Report on vaccination in Madras 1922-1929 - 1922-1929
Year: 1922
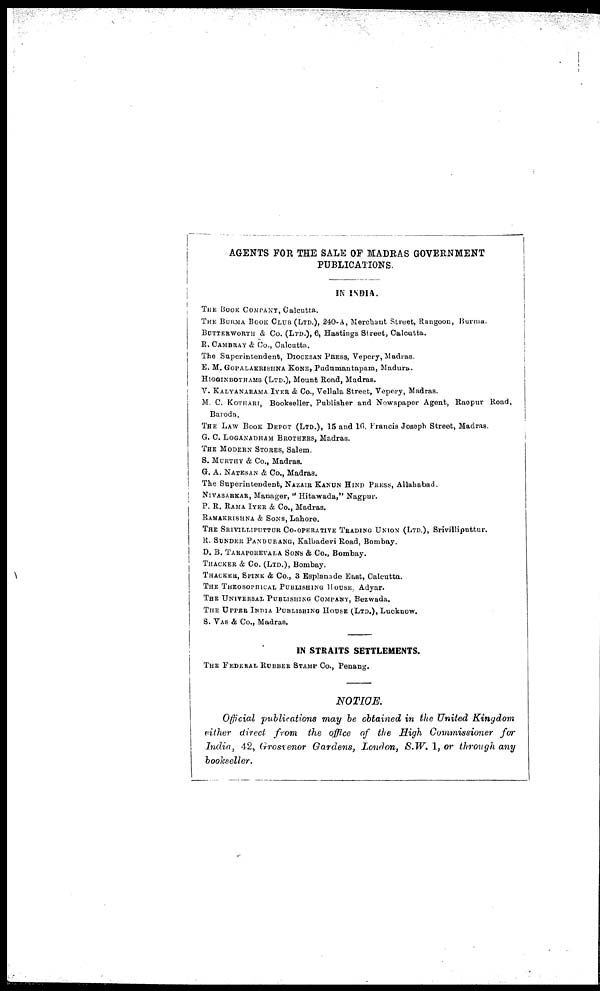
AGENTS FOR THE SALE OF MADRAS GOVERNMENT
PUBLICATIONS.
IN INDIA.
THE BOOK COMPANY, Calcutta.
THE BURMA BOOK CLUB (LTD.), 240-A, Merchant Street, Rangoon, Burma.
BUTTERWORTH & Co. (LTD.), 6, Hastings Street, Calcutta.
R. CAMBRAY & Co., Calcutta.
The Superintendent, DIOCESAN PRESS, Vepery, Madras.
E. M. GOPALAKRISHNA KONE, Pudumantapam, Madura.
HIGGINBOTHAMS (LTD.), Mount Road, Madras.
V. KALYANARAMA IYER & Co., Vellala Street, Vepery, Madras.
M. C. KOTHARI, Bookseller, Publisher and Newspaper Agent, Raopur Road,
Baroda.
THE LAW BOOK DEPOT (LTD.), 15 and 16. Francis Joseph Street, Madras.
G. C. LOGANADHAM BROTHERS, Madras.
THE MODERN STORES, Salem.
S. MURTHY & Co., Madras.
G. A. NATESAN & Co., Madras.
The Superintendent, NAZAIR KANUN HIND PRESS, Allahabad.
NIVASARKAR, Manager, " Hitawada," Nagpur.
P. R. RAMA IYER & Co., Madras.
RAMAKRISHNA & SONS, Lahore.
THE SRIVILLIPUTTUR CO-OPERATIVE TRADING UNION (LTD.), Srivilliputtur.
R. SUNDER PANDURANG, Kalbadevi Road, Bombay.
D. B. TARAPOREVALA SONS & Co., Bombay.
THACKER & Co. (LTD.), Bombay.
THACKER, SPINK & Co., 3 Esplanade East, Calcutta.
THE THEOSOPHICAL PUBLISHING HOUSE, Adyar.
THE UNIVERSAL PUBLISHING COMPANY, Bezwada.
THE UPPER INDIA PUBLISHING HOUSE (LTD.), Lucknow.
S. VAS & Co., Madras.
IN STRAITS SETTLEMENTS.
THE FEDERAL RUBBER STAMP Co., Penang.
NOTICE.
Official publications may be obtained in the United Kingdom
either direct from the office of the High Commissioner for
India, 42, Grosvenor Gardens, London, S.W. 1, or through any
bookseller.